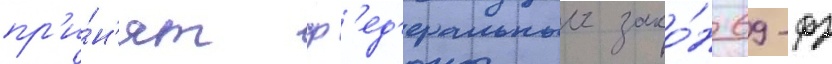
пр'и́н'ят ф'ед'еральныи зако́н 69-фз